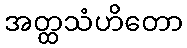
အတ္ထသံဟိတော